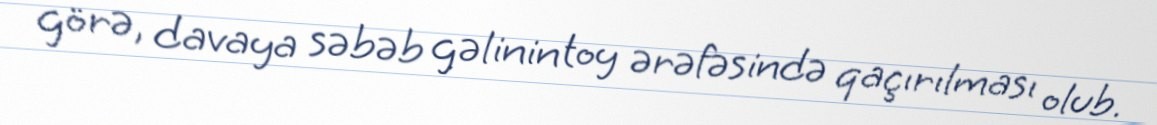
görə, davaya səbəb gəlinin toy ərəfəsində qaçırılması olub.